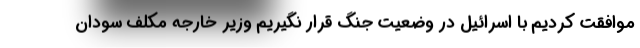
موافقت کردیم با اسرائیل در وضعیت جنگ قرار نگیریم وزیر خارجه مکلف سودان